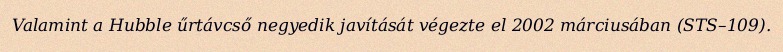
Valamint a Hubble űrtávcső negyedik javítását végezte el 2002 márciusában (STS–109).